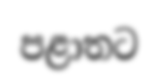
පළාතට